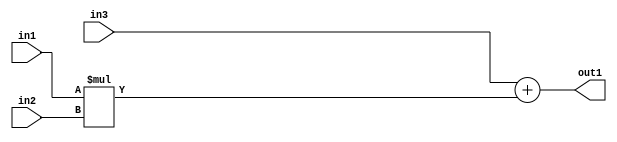
`timescale 1ps / 1ps
/*****************************************************************************
    Verilog RTL Description
    
    
    Created by: Stratus DpOpt 2019.1.01 
*******************************************************************************/

module pw_feature_addr_gen_Add2Mul2u16u16u16_0 (
	in3,
	in2,
	in1,
	out1
	); /* architecture "behavioural" */ 
input [15:0] in3,
	in2,
	in1;
output [31:0] out1;
wire [31:0] asc001;

wire [31:0] asc001_tmp_0;
assign asc001_tmp_0 = 
	+(in3);
assign asc001 = asc001_tmp_0
	+(in1 * in2);

assign out1 = asc001;
endmodule

/* CADENCE  uLD5Tg4= : u9/ySgnWtBlWxVPRXgAZ4Og= ** DO NOT EDIT THIS LINE ******/